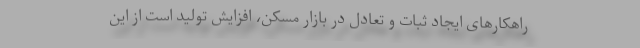
راهکارهای ایجاد ثبات و تعادل در بازار مسکن، افزایش تولید است از این